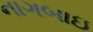
નાગબાઇ